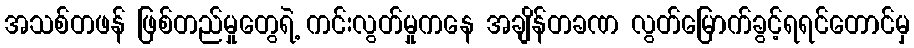
အသစ်တဖန် ဖြစ်တည်မှုတွေရဲ့ ကင်းလွတ်မှုကနေ အချိန်တခဏ လွတ်မြောက်ခွင့်ရရင်တောင်မှ